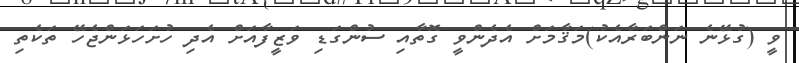
ވީ (ގުޅޭނެ ނަންބަރާއެކު)މަޤާމަށް އެދެންވީ ގޮތާއި ސުންގަޑި ވަޒީފާއަށް އެދި ހުށަހަޅަންޖެހޭ ތަކެތި